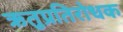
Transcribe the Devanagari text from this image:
ऋतुप्रतिरोधक